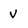
Character: v